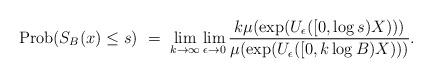
LaTeX: \begin{align*}{\rm Prob}(S_B(x) \le s)\ =\ \lim_{k\to\infty}\lim_{\epsilon\to 0}\frac{k\mu(\exp(U_{\epsilon}([0,\log s)X)))}{\mu(\exp(U_{\epsilon}([0,k\log B)X)))}.\end{align*}